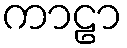
ကာဠာ